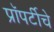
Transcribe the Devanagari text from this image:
प्रॉपर्टीचे